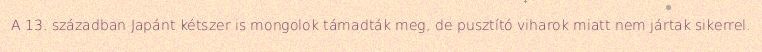
A 13. században Japánt kétszer is mongolok támadták meg, de pusztító viharok miatt nem jártak sikerrel.